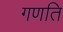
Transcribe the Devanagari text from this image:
गणति